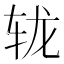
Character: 𨐇